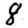
Digit: 8